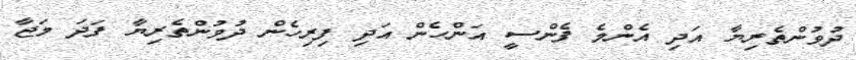
ދުވުންތެރިޔާ އަދި އެންމެ ފެންސީ އަންހެން އަދި ފިރިހެން ދުވުންތެރިޔާ ފަދަ މަޖާ